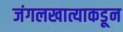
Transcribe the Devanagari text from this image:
जंगलखात्याकडून